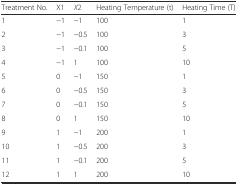
| Treatment No. | X1 | X2 | Heating Temperature (t) | Heating Time (T) |
 | --- | --- | --- | --- | --- |
 | 1 | −1 | −1 | 100 | 1 |
 | 2 | −1 | −0.5 | 100 | 3 |
 | 3 | −1 | −0.1 | 100 | 5 |
 | 4 | −1 | 1 | 100 | 10 |
 | 5 | 0 | −1 | 150 | 1 |
 | 6 | 0 | −0.5 | 150 | 3 |
 | 7 | 0 | −0.1 | 150 | 5 |
 | 8 | 0 | 1 | 150 | 10 |
 | 9 | 1 | −1 | 200 | 1 |
 | 10 | 1 | −0.5 | 200 | 3 |
 | 11 | 1 | −0.1 | 200 | 5 |
 | 12 | 1 | 1 | 200 | 10 |